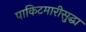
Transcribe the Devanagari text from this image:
पाकिटमारीसुद्धा